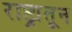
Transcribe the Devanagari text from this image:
राष्ट्रातून